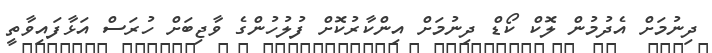
ދިނުމަށް އެދުމުން ލޮކް ކޯޑް ދިނުމަށް އިންކާރުކޮށް ފުލުހުންގެ ވާޖިބަށް ހުރަސް އަޅާފައިވާތީ